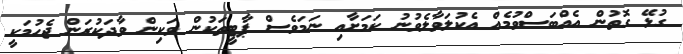
ގުޅޭ ގޮތުން އެއްބަސްވުމެއް އެކުލަވާލެވުނު ކަމަށާއި ނަމަވެސް ޕާޓީތަކުން ވަކިން ވާދަކުރަން ޖެހުމަކީ